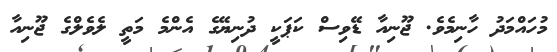
މުހައްމަދު ހާނިމެވެ. ޖޫނިއާ ޑޭވިސް ކަޕަކީ ދުނިޔޭގެ އެންމެ މަތީ ލެވެލްގެ ޖޫނިއާ